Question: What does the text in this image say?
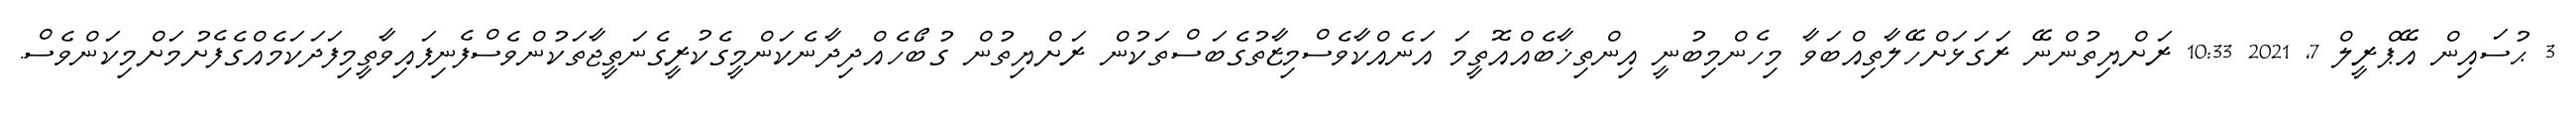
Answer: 3 ޙުސައިން އޭޕްރީލް 7, 2021 10:33 ރަށްޔިތުންނޭ ރަގަޅަށްހޭލާތިއްބަވާ މިހެންމިބުނީ އިންތިޚާބެއްއޮތީމަ އަނެއްކާވެސްމިޒާތުގެބަސްތަކުން ރަށްޔިތުން ގުބޯހެއްދިދާނެކަންމީގެކުރީގެނަތީޖާތަކުންވެސްފެނިފައިވާތީމިފަދަކަމެއްގެފެށުމަށްމިކަންވެސް.